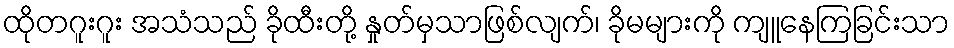
ထိုတဂူးဂူး အသံသည် ခိုထီးတို့ နှုတ်မှသာဖြစ်လျက်၊ ခိုမများကို ကျူနေကြခြင်းသာ